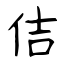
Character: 佶